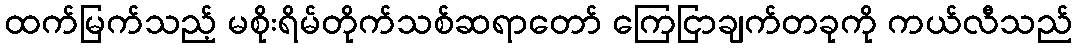
ထက်မြက်သည့် မစိုးရိမ်တိုက်သစ်ဆရာတော် ကြေငြာချက်တခုကို ကယ်လီသည်